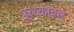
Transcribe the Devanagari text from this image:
पुरस्काकर